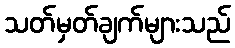
သတ်မှတ်ချက်များသည်